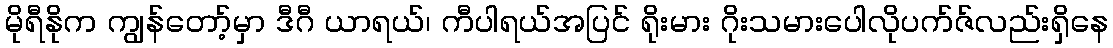
မိုရီနိုက ကျွန်တော့်မှာ ဒီဂီ ယာရယ်၊ ကီပါရယ်အပြင် ရိုးမား ဂိုးသမားပေါလိုပက်ဇ်လည်းရှိနေ